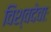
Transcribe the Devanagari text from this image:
विश्वदेवाः